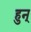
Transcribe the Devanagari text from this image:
हुन्